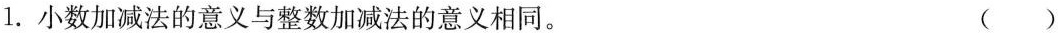
1. 小数加减法的意义与整数加减法的意义相同。 ( )